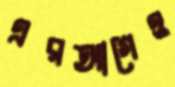
এরআগেও